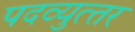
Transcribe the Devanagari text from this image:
पदव्‍युत्‍तर